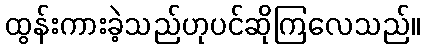
ထွန်းကားခဲ့သည်ဟုပင်ဆိုကြလေသည်။